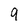
Character: 9